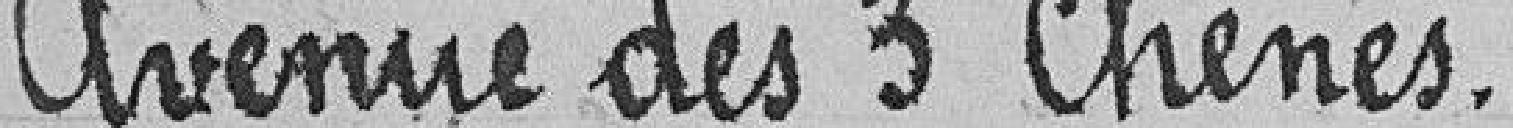
Avenue des 3 chênes